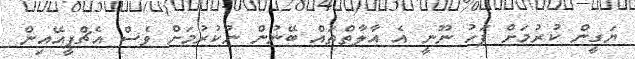
ޔަގީން ކުރުމަށް ފަހު ނޫނީ އެ އާލާތްތައް ބޭނުން ނުކުރުމަށް ވެސް އެޗްޕީއޭއިން